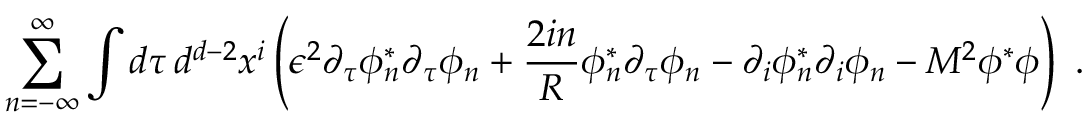
\sum _ { n = - \infty } ^ { \infty } \int d \tau \, d ^ { d - 2 } x ^ { i } \left( \epsilon ^ { 2 } \partial _ { \tau } \phi _ { n } ^ { * } \partial _ { \tau } \phi _ { n } ^ { \vphantom x } + \frac { 2 i n } { R } \phi _ { n } ^ { * } \partial _ { \tau } \phi _ { n } ^ { \vphantom x } - \partial _ { i } \phi _ { n } ^ { * } \partial _ { i } \phi _ { n } ^ { \vphantom x } - M ^ { 2 } \phi ^ { * } \phi \right) \ .